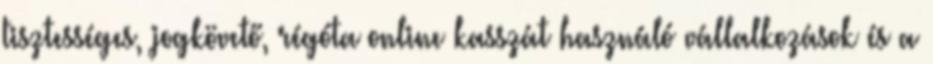
tisztességes, jogkövető, régóta online kasszát használó vállalkozások és a